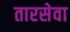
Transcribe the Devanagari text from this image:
तारसेवा